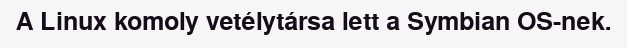
A Linux komoly vetélytársa lett a Symbian OS-nek.